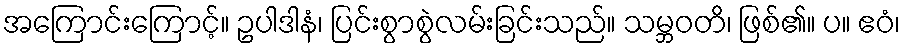
အကြောင်းကြောင့်။ ဥပါဒါနံ၊ ပြင်းစွာစွဲလမ်းခြင်းသည်။ သမ္ဘဝတိ၊ ဖြစ်၏။ ပ။ ဧဝံ၊